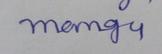
Signature authenticity: forged